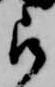
被